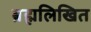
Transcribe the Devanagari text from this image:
ब्रह्मलिखित